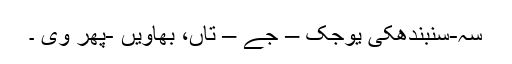
سہِ-سنبندھکی یوجک – جے – تاں، بھاویں -پھر وی ۔